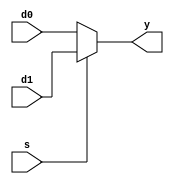
module mux2 #(parameter WIDTH = 8) (
	input s,
	input [WIDTH-1:0] d0, d1,
	output [WIDTH-1:0] y
);
	assign y = s ? d1 : d0;
endmodule


module mux3 #(parameter WIDTH = 8) (
	input [1:0] s,
	input [WIDTH-1:0] d0, d1, d2,
	output [WIDTH-1:0] y
);
	assign y = s[1] ? d2 : (s[0] ? d1 : d0);
endmodule


module mux4 #(parameter WIDTH = 8) (
	input  [1:0] s,
	input  [WIDTH-1:0] d0, d1, d2, d3,
	output reg [WIDTH-1:0] y
);
always @ (*)
  begin
    case(s)
      2'b00 : y <= d0;
      2'b01 : y <= d1;
      2'b10 : y <= d2;
      2'b11 : y <= d3;
    endcase
  end
endmodule